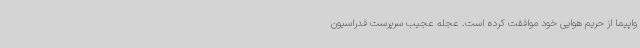
واپیما از حریم هوایی خود موافقت کرده است. عجله عجیب سرپرست فدراسیون